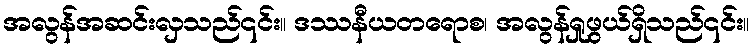
အလွန်အဆင်းလှသည်၎င်း။ ဒဿနီယတရောစ၊ အလွန်ရှုဖွယ်ရှိသည်၎င်း။